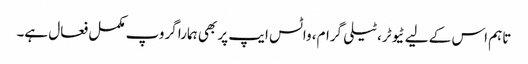
تاہم اس کے لیے ٹیوٹر، ٹیلی گرام، واٹس ایپ پر بھی ہمارا گروپ مکمل فعال ہے۔